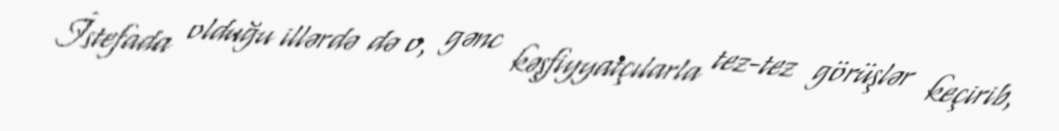
İstefada olduğu illərdə də o, gənc kəşfiyyatçılarla tez-tez görüşlər keçirib,